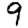
Digit: 9